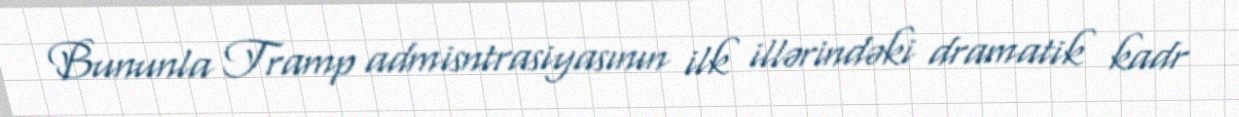
Bununla Tramp admisntrasiyasının ilk illərindəki dramatik kadr